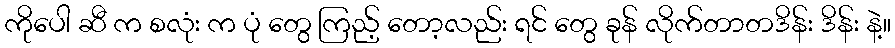
ကိုပေါ ဆီ က စလုံး က ပုံ တွေ ကြည့် တော့လည်း ရင် တွေ ခုန် လိုက်တာတဒိန်း ဒိန်း နဲ့။